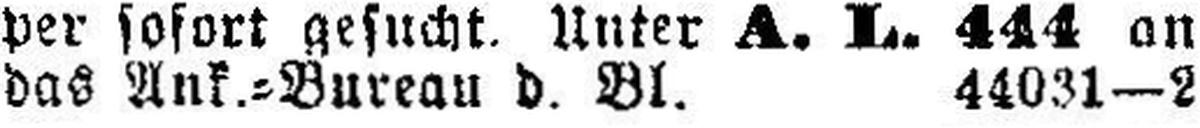
das Ank.=Bureau d. Bl. 44031—2